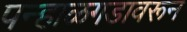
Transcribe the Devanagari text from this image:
पन्हाळगडावरून